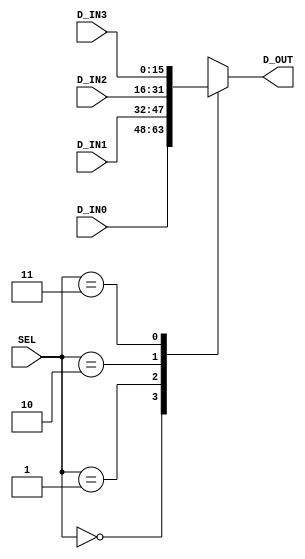

module mux16_4to1#(
   parameter DATA_SIZE = 16
)
(SEL, D_IN0, D_IN1, D_IN2, D_IN3, D_OUT);
   input [1:0]   SEL;
   input [DATA_SIZE-1:0]  D_IN0;
   input [DATA_SIZE-1:0]  D_IN1;
   input [DATA_SIZE-1:0]  D_IN2;
   input [DATA_SIZE-1:0]  D_IN3;
   output reg[DATA_SIZE-1:0] D_OUT;

   //********* The first design method ****************
   always @(SEL,D_IN0,D_IN1,D_IN2,D_IN3) begin
      case (SEL)
         2'b00: D_OUT <= D_IN0;
         2'b01: D_OUT <= D_IN1; 
         2'b10: D_OUT <= D_IN2;
         2'b11: D_OUT <= D_IN3;
         default: D_OUT <= 0; 
      endcase
   end   

   //********** the second design method ***************
   // wire [15:0] D_OUT0,D_OUT1;
   // mux16_2to1 U_4to1_sel01(.SEL(SEL[0]), .D_IN0(D_IN0) , .D_IN1(D_IN1) , .D_OUT(D_OUT0));
   // mux16_2to1 U_4to1_sel23(.SEL(SEL[0]), .D_IN0(D_IN2) , .D_IN1(D_IN3) , .D_OUT(D_OUT1));
   // mux16_2to1 U_4to1_sel  (.SEL(SEL[1]), .D_IN0(D_OUT0), .D_IN1(D_OUT1), .D_OUT(D_OUT));   

   //********** the third design method ****************
   // assign D_OUT = SEL[0] ? (SEL[1] ? D_IN3 : D_IN1) :  (SEL[1] ? D_IN2 : D_IN0) ;

endmodule